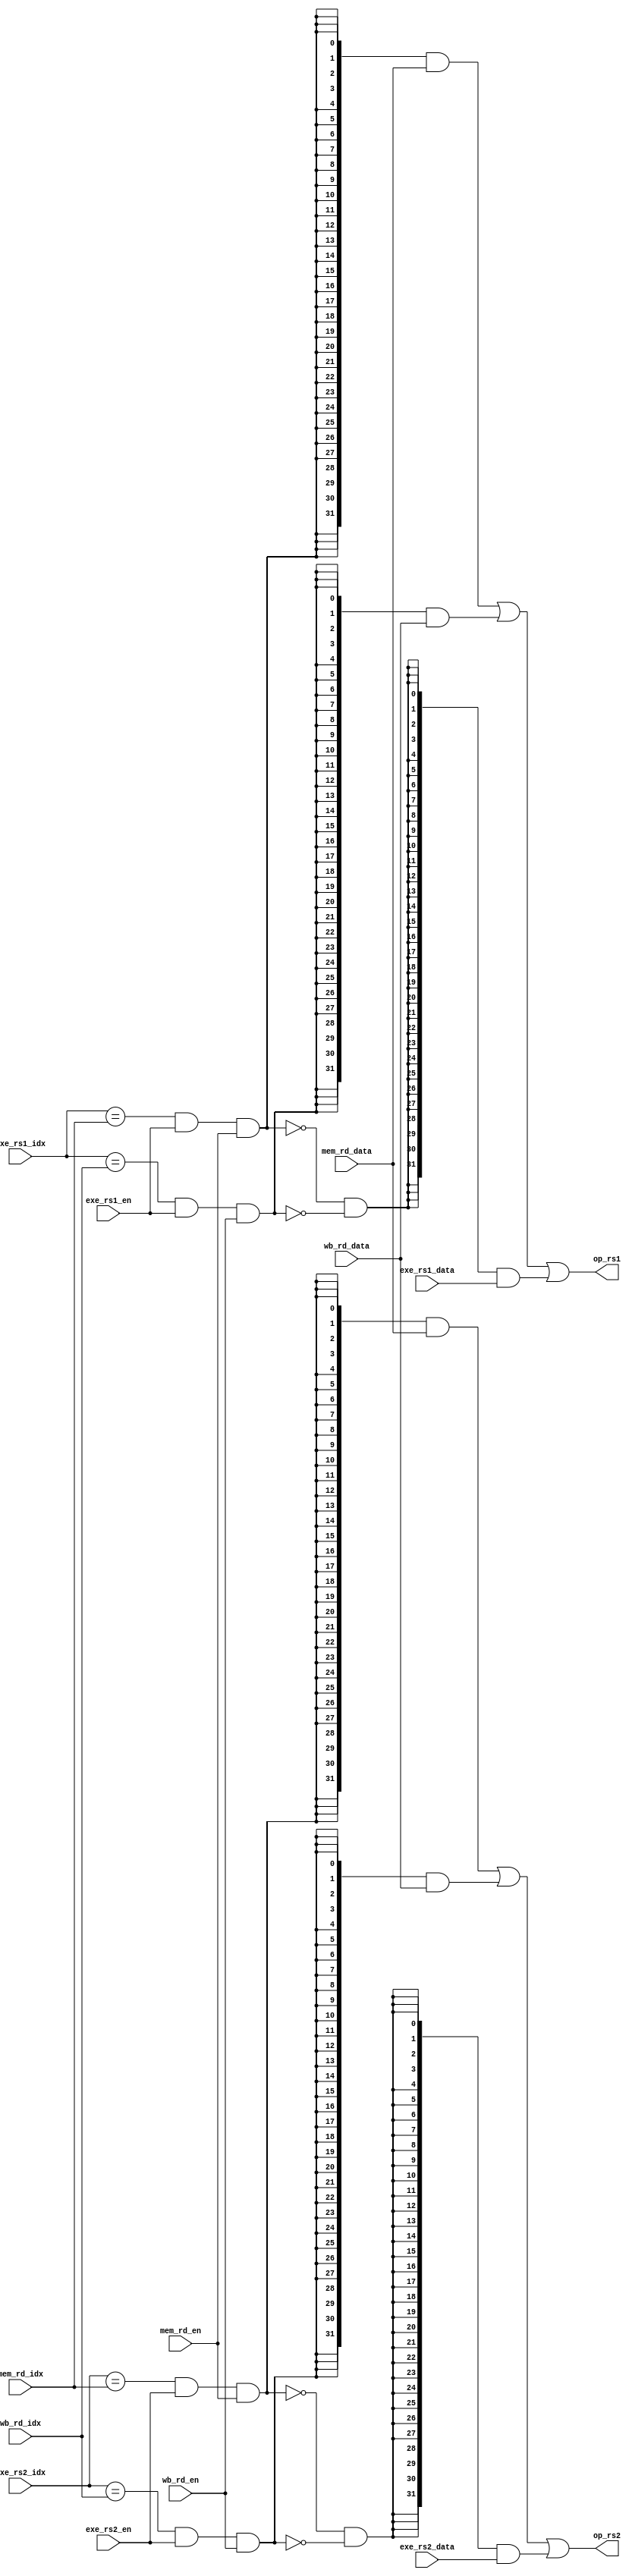

module forwarding (

       input     [4:0]     exe_rs1_idx  ,
       input     [4:0]     exe_rs2_idx  ,
       input     [4:0]     mem_rd_idx   ,
       input     [4:0]     wb_rd_idx    ,
       input               exe_rs1_en   ,
       input               exe_rs2_en   ,
       input               mem_rd_en    ,
       input               wb_rd_en     ,
       input     [31:0]    exe_rs1_data ,
       input     [31:0]    exe_rs2_data ,
       input     [31:0]    mem_rd_data  ,
       input     [31:0]    wb_rd_data   ,


       output    [31:0]    op_rs1       ,
       output    [31:0]    op_rs2
);

wire fw_rs1_m = (exe_rs1_idx == mem_rd_idx) & exe_rs1_en & mem_rd_en;
wire fw_rs1_w = (exe_rs1_idx == wb_rd_idx ) & exe_rs1_en & wb_rd_en ;
wire fw_rs1_dh = (~fw_rs1_m) & (~fw_rs1_w);

wire fw_rs2_m = (exe_rs2_idx == mem_rd_idx) & exe_rs2_en & mem_rd_en;
wire fw_rs2_w = (exe_rs2_idx == wb_rd_idx ) & exe_rs2_en & wb_rd_en ;
wire fw_rs2_dh = (~fw_rs2_m) & (~fw_rs2_w);


assign  op_rs1 = ({32{fw_rs1_m}} & mem_rd_data) |
                 ({32{fw_rs1_w}} & wb_rd_data ) |
                 ({32{fw_rs1_dh}} & exe_rs1_data );                                                             ;


assign  op_rs2 = ({32{fw_rs2_m}} & mem_rd_data) |
                 ({32{fw_rs2_w}} & wb_rd_data ) |
                 ({32{fw_rs2_dh}} & exe_rs2_data );                                                             ;


endmodule